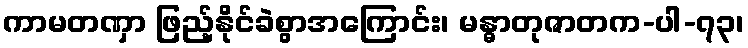
ကာမတဏှာ ဖြည့်နိုင်ခဲစွာအကြောင်း၊ မန္ဓာတုဇာတက-ပါ-၇၃၊